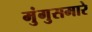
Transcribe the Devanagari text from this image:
मुंगुसमारे